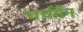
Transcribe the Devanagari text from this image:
चर्चमैन